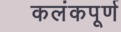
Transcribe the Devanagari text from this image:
कलंकपूर्ण